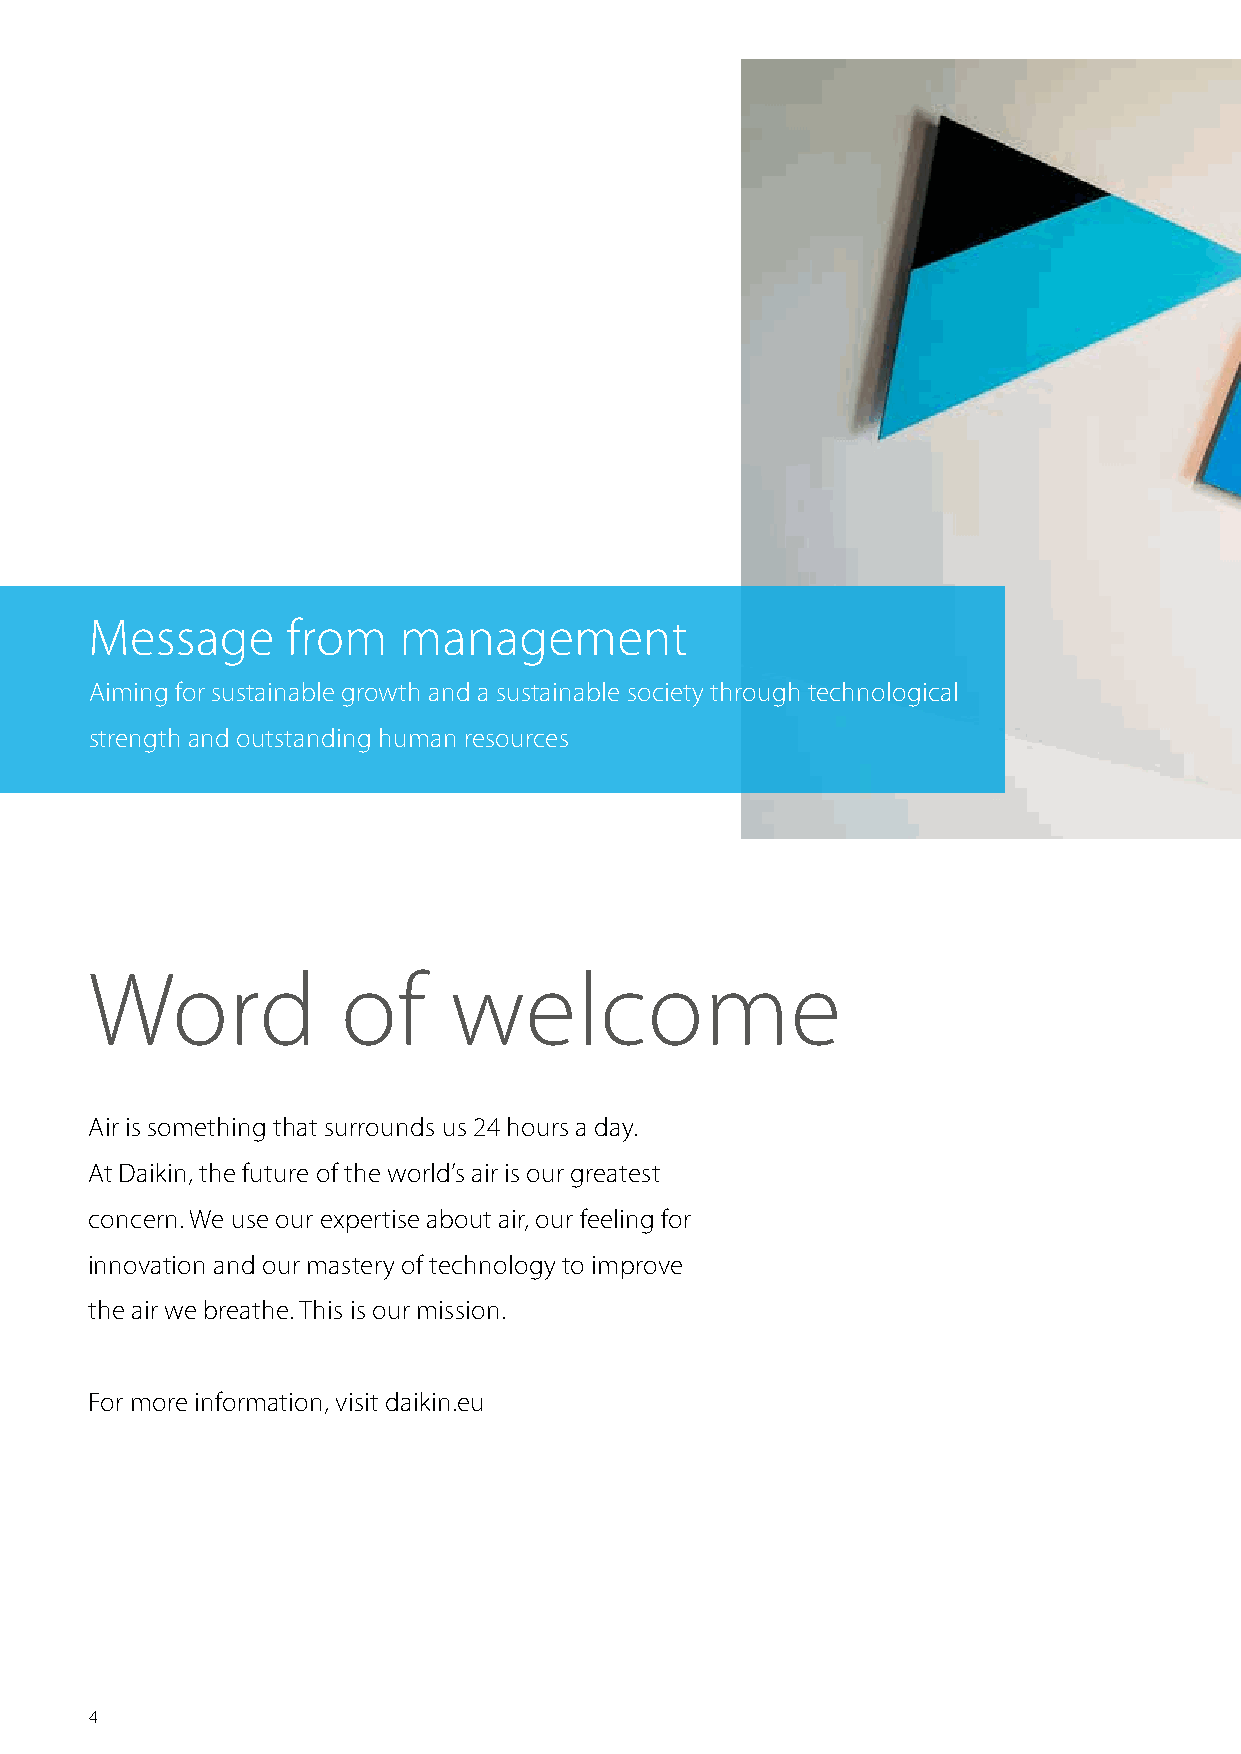
Message      from   management
 Aiming for sustainable growth and a sustainable society through technological
 strength and outstanding human resources
 Word             of     welcome
 Air is something that surrounds us 24 hours a day.
 At Daikin, the future of the world’s air is our greatest
 concern. We use our expertise about air, our feeling for
 innovation and our mastery of technology to improve
 the air we breathe. This is our mission.
 For more information, visit daikin.eu
 4